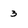
Character: 3